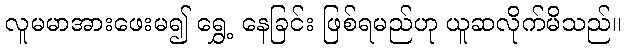
လူမမာအားဖေးမ၍ ရွှေ့ နေခြင်း ဖြစ်ရမည်ဟု ယူဆလိုက်မိသည်။